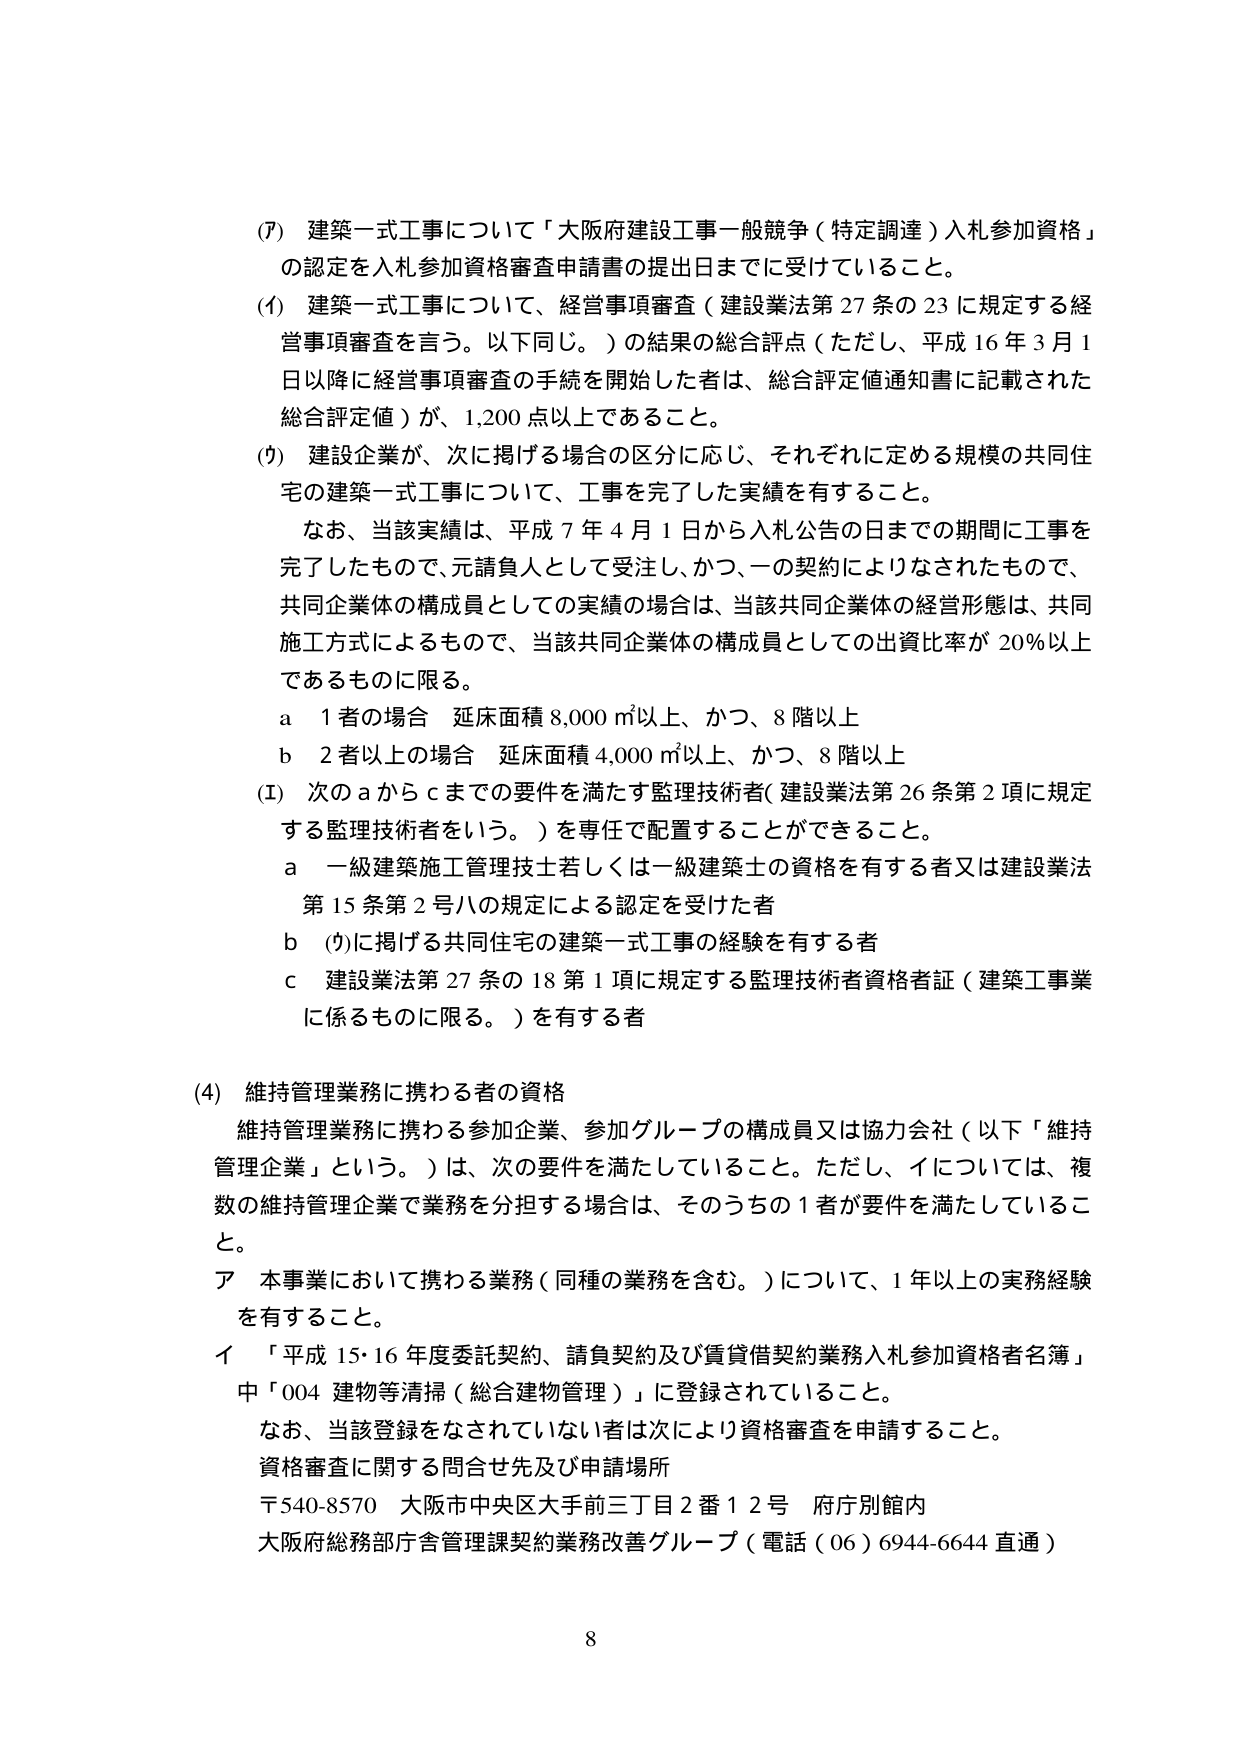
(7) 建築一式工事について「大阪府建設工事一般競争（特定調達）入札参加資格」の認定を入札参加資格審査申請書の提出日までに受けていること。

(イ) 建築一式工事について、経営事項審査（建設業法第27条の23に規定する経営事項審査を言う。以下同じ。）の結果の総合評点（ただし、平成16年3月1日以降に経営事項審査の手続を開始した者は、総合評定値通知書に記載された総合評定値）が、1,200点以上であること。

(ウ) 建設企業が、次に掲げる場合の区分に応じ、それぞれに定める規模の共同住宅の建築一式工事について、工事を完了した実績を有すること。

　なお、当該実績は、平成7年4月1日から入札公告の日までの期間に工事を完了したもので、元請負人として受注し、かつ、一の契約によりなされたもので、共同企業体の構成員としての実績の場合には、当該共同企業体の経営形態は、共同施工方式によるもので、当該共同企業体の構成員としての出資比率が20％以上であるものに限る。

　a 1者の場合 延床面積8,000㎡以上、かつ、8階以上

　b 2者以上の場合 延床面積4,000㎡以上、かつ、8階以上

(エ) 次のaからcまでの要件を満たす監理技術者（建設業法第26条第2項に規定する監理技術者をいう。）を専任で配置することができる。

　a 一級建築施工管理技士若しくは一級建築士の資格を有する者又は建設業法第15条第2号ハの規定による認定を受けた者

　b (ウ)に掲げる共同住宅の建築一式工事の経験を有する者

　c 建設業法第27条の18第1項に規定する監理技術者資格者証（建築工事業に係るものに限る。）を有する者

(4) 維持管理業務に携わる者の資格

　維持管理業務に携わる参加企業、参加グループの構成員又は協力会社（以下「維持管理企業」という。）は、次の要件を満たしていること。ただし、イについては、複数の維持管理企業で業務を分担する場合は、そのうちの1者が要件を満たしていること。

　ア 本事業において携わる業務（同種の業務を含む。）について、1年以上の実務経験を有すること。

　イ 「平成15・16年度委託契約、請負契約及び賃貸借契約業務入札参加資格者名簿」中「004 建物等清掃（総合建物管理）」に登録されていること。

　　なお、当該登録をなされていない者は次により資格審査を申請すること。

　資格審査に関する問合せ先及び申請場所

　〒540-8570 大阪市中央区大手前三丁目2番12号 府庁別館内

　大阪府総務部庁舎管理課契約業務改善グループ（電話（06）6944-6644 直通）

8